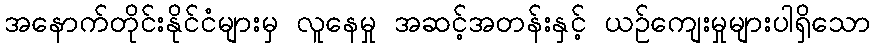
အနောက်တိုင်းနိုင်ငံများမှ လူနေမှု အဆင့်အတန်းနှင့် ယဉ်ကျေးမှုများပါရှိသော